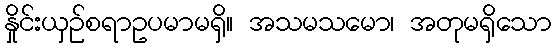
နှိုင်းယှဉ်စရာဥပမာမရှိ။ အသမသမော၊ အတုမရှိသော